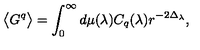
\big \langle G ^ { q } \big \rangle = \int _ { 0 } ^ { \infty } d \mu ( \lambda ) C _ { q } ( \lambda ) r ^ { - 2 \Delta _ { \lambda } } ,